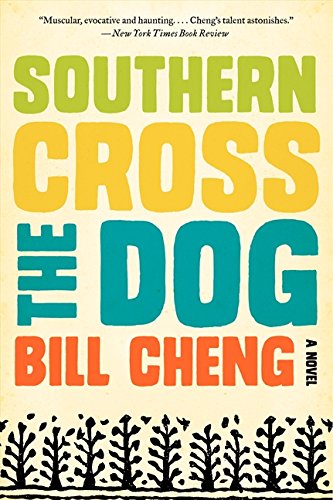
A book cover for Southern Cross the Dog; Bill Cheng; Literature & Fiction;